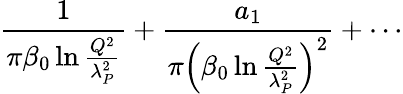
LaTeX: {\frac{1}{\pi\beta_{0}\ln{\frac{Q^{2}}{\lambda_{P}^{2}}}}}+{\frac{a_{1}}{\pi\left(\beta_{0}\ln{\frac{Q^{2}}{\lambda_{P}^{2}}}\right)^{2}}}+\cdots